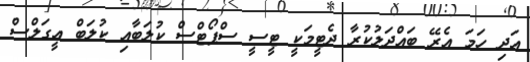
އަދި ހަމަ އެރޭ ބައްދަލުކުރާ ދެޓީމަކީ ޓީސީ ސްޕޯޓްސް ކުލަބާއި ކުލަބް އީގަލްސް